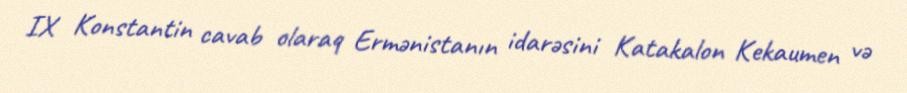
IX Konstantin cavab olaraq Ermənistanın idarəsini Katakalon Kekaumen və